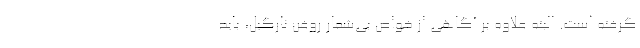
گرفته است. البته علاوه بر آگاهی از خواص بی­شمار روغن نارگیل، باید